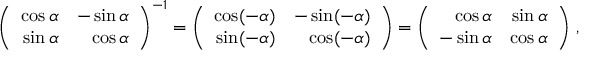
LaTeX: \left( { \begin{array} { r r } { \cos \alpha } & { - \sin \alpha } \\ { \sin \alpha } & { \cos \alpha } \end{array} } \right) ^ { - 1 } = \left( { \begin{array} { r r } { \cos ( - \alpha ) } & { - \sin ( - \alpha ) } \\ { \sin ( - \alpha ) } & { \cos ( - \alpha ) } \end{array} } \right) = \left( { \begin{array} { r r } { \cos \alpha } & { \sin \alpha } \\ { - \sin \alpha } & { \cos \alpha } \end{array} } \right) \, ,